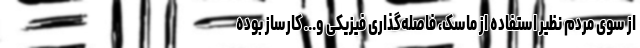
از سوی مردم نظیر استفاده از ماسک، فاصله‌گذاری فیزیکی و... کارساز بوده